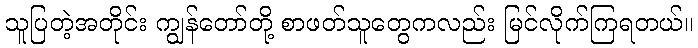
သူပြတဲ့အတိုင်း ကျွန်တော်တို့ စာဖတ်သူတွေကလည်း မြင်လိုက်ကြရတယ်။